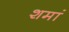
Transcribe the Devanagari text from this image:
शमां